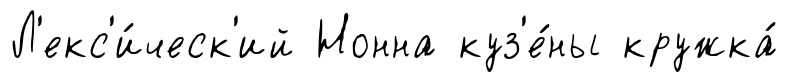
Л'екс'и́ческ'ий Нонна куз'е́ны кружка́